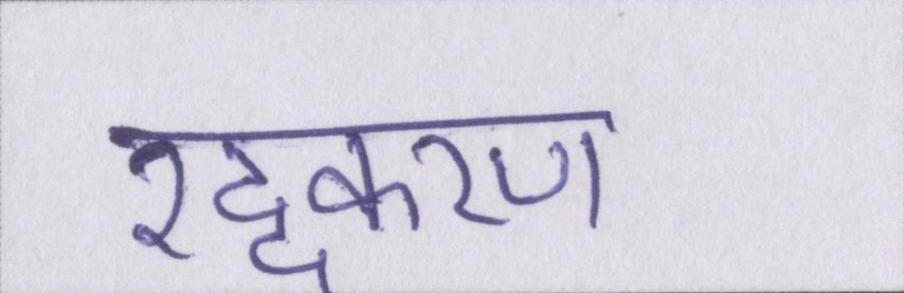
रद्दकरण